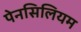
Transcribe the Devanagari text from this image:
पेनसिलियम